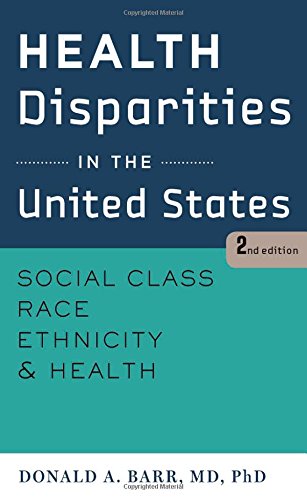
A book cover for Health Disparities in the United States: Social Class, Race, Ethnicity, and Health; Donald A. Barr; Medical Books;